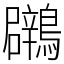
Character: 鸊